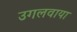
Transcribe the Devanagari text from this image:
उगलवाया